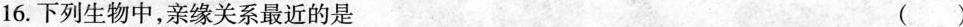
16.下列生物中，亲缘关系最近的是 ()